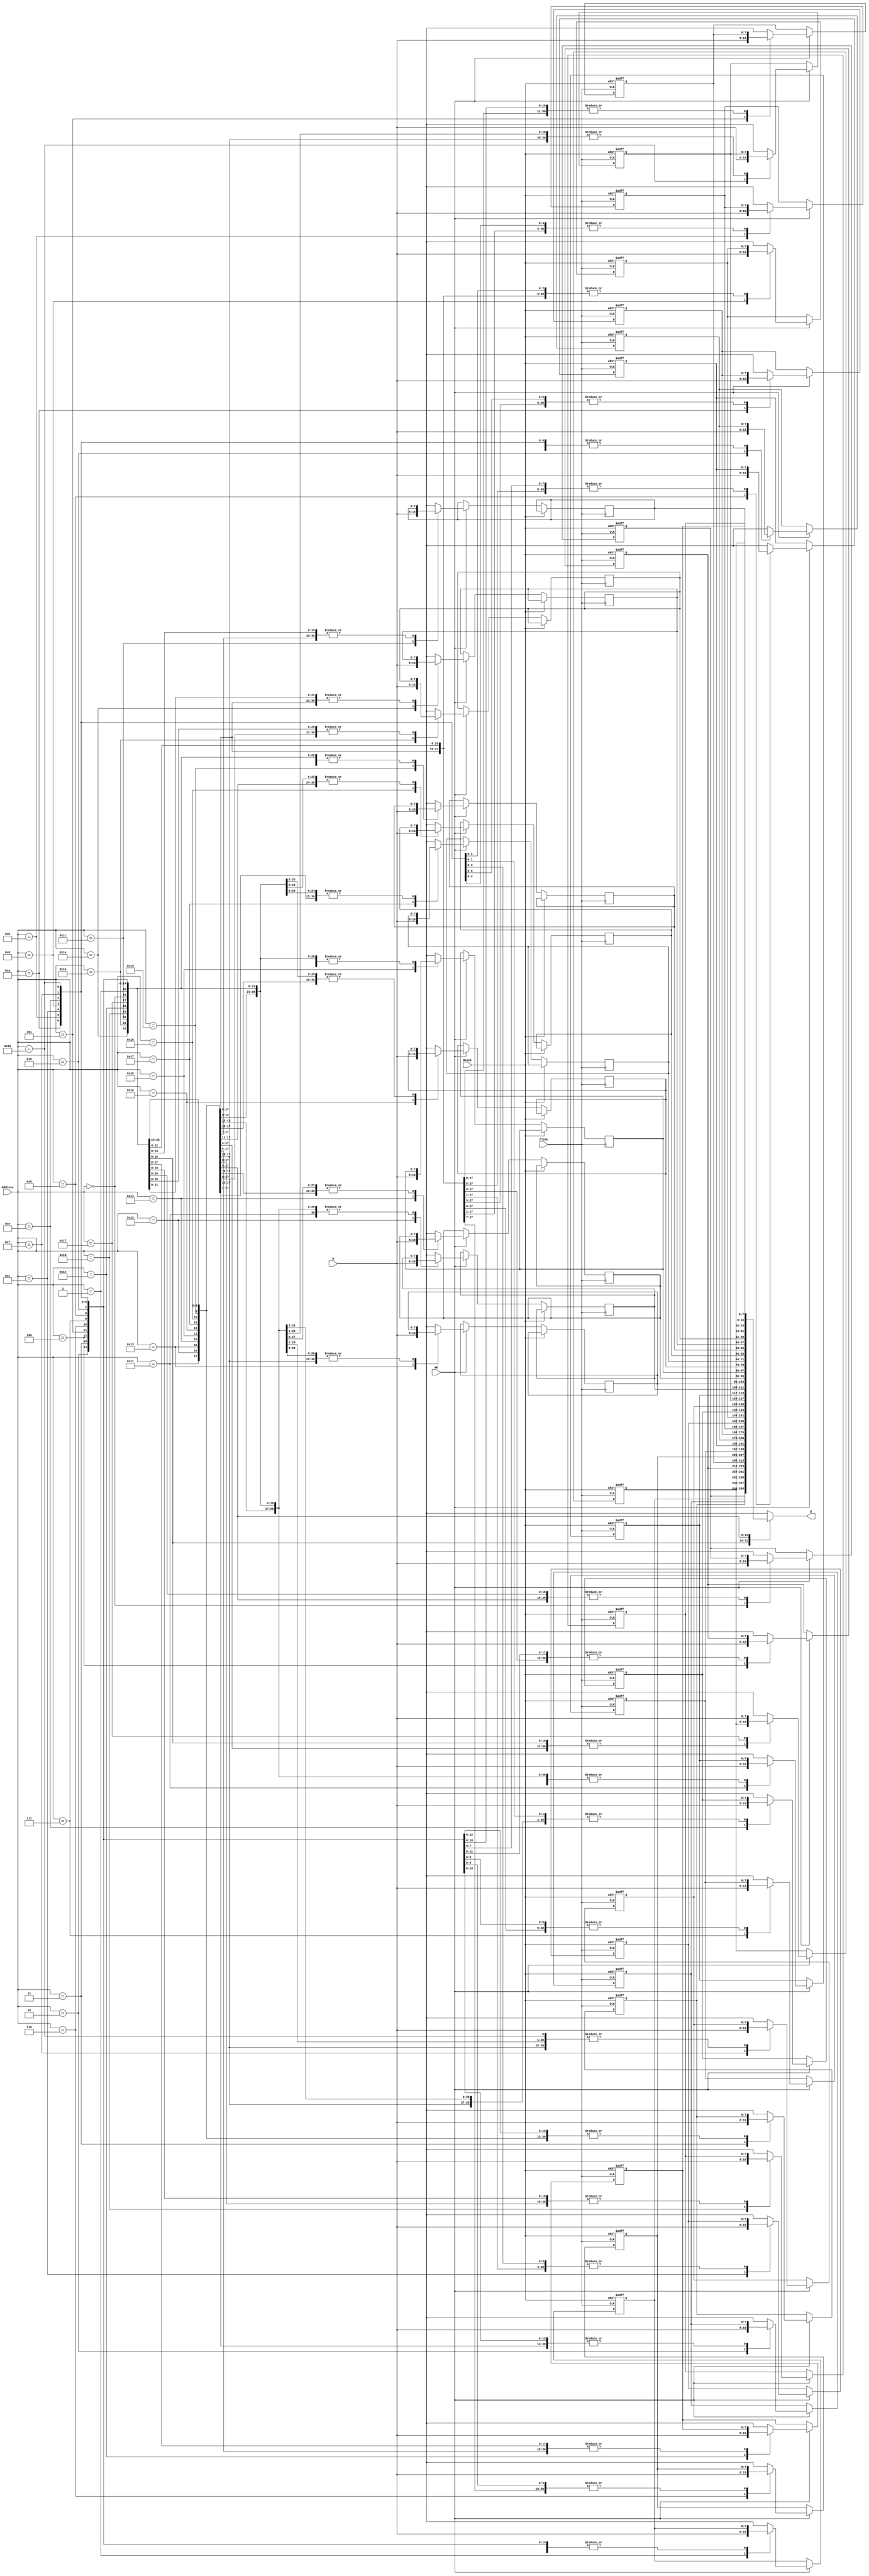
`timescale 1ns / 1ps
//////////////////////////////////////////////////////////////////////////////////
// Company: 
// Engineer: 
// 
// Design Name: 
// Module Name: ram_module
// Project Name: 
// Target Devices: 
// Tool Versions: 
// Description: 
// 
// Dependencies: 
// 
// Revision:
// Revision 0.01 - File Created
// Additional Comments:
// 
//////////////////////////////////////////////////////////////////////////////////


module ram_module #(parameter size = 5, parameter N = 8) (
    input Clock,
    input Reset,
    input WE,
    input [size-1:0] Address,
    input [N-1:0] D,
    output reg [N-1:0] Q    
    );

reg [N-1:0] ram1[2**size-1:0];

always @ (posedge Clock or posedge Reset) begin
    if (Reset) begin
        // COUNT
        ram1[0] = 8'b10000000; // IN A
        ram1[1] = 8'b01111111; // SUB A, 11111
        ram1[2] = 8'b10100100; // JZ 00100
        ram1[3] = 8'b11000001; // JPOS 00001
        ram1[4] = 8'b11111111; // HALT
        ram1[31] = 8'b10000001; // storage for the constant 1
        
        // SUM
        ram1[0] = 8'b00011101; // IN A
        ram1[1] = 8'b01111101; // SUB A, 11111
        ram1[2] = 8'b00111110; // JZ 00100
        
        ram1[3] = 8'b10000000; // JPOS 00001
        ram1[4] = 8'b00111111; // HALT
        
        ram1[5] = 8'b00011111; // IN A
        ram1[6] = 8'b01011110; // SUB A, 11111
        ram1[7] = 8'b00111110; // JZ 00100
        ram1[8] = 8'b00011111; // JPOS 00001
        ram1[9] = 8'b01111101; // HALT
        ram1[10] = 8'b00111111; // JPOS 00001
        ram1[11] = 8'b10101101; // HALT
        ram1[12] = 8'b11000101; // JPOS 00001
        ram1[13] = 8'b00011110; // HALT
        ram1[14] = 8'b11111111; // JPOS 00001
        
        ram1[29] = 8'b00000001; // storage for the constant 1   
        ram1[30] = 8'b00000000; // storage for the variable sum   
        ram1[31] = 8'b00000000; // storage for the variable n 
        
        // GCD - Greater Common Denominator
        ram1[0] = 8'b10000000; // IN A // input x
        ram1[1] = 8'b00111110; // STORE A, X
        ram1[2] = 8'b10000000; // IN A // input y
        ram1[3] = 8'b00111111; // STORE A, X
        
        ram1[4] = 8'b00011110; // loop: LOAD A, X // x=y?
        ram1[5] = 8'b00011111; // SUB A, y
        ram1[6] = 8'b10110000; // JZ UT // x=y
        ram1[7] = 8'b11001100; // JPOS xgty // x>y
        
        ram1[8] = 8'b00011111; // LOAD A,y //y>x
        ram1[9] = 8'b01111110; // SUB A, x //y-x
        ram1[10] = 8'b00111111; // STORE A,y
        ram1[11] = 8'b11000100; // JPOS loop
        
        ram1[12] = 8'b00011110; // xgty: LOAD A, x //x>y
        ram1[13] = 8'b01111111; // SUB A, y //x-y
        ram1[14] = 8'b00111110; // STORE A, x
        ram1[15] = 8'b11000100; // JPOS loop
        
        ram1[16] = 8'b00011110; // out: LOAD A, x
        ram1[17] = 8'b11111111; // HALT
        
        ram1[30] = 8'b00000000; // storage for the variable x
        ram1[31] = 8'b00000000; // storage for the variable y
   
    end 
    else begin
        if (WE) begin
            ram1[Address] = D;
        end
    end
end 

always @ (Address) begin
    Q = ram1[Address];    
end    
endmodule